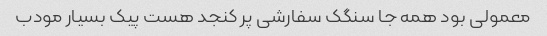
معمولی بود همه جا سنگک سفارشی پر کنجد هست پیک بسیار مودب